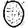
Digit: 0